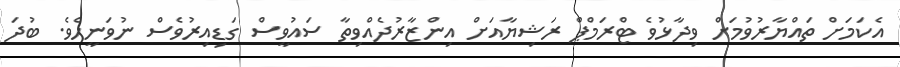
އެކަމަށް ތައްޔާރުވުމަށް ވިދާޅުވެ ޓްރަމްޕް ރަޝިޔާއަށް އިންޒާރުދެއްވިތާ ސައުވީސް ގަޑިއިރުވެސް ނުވަނީހެވެ. ބުދަ